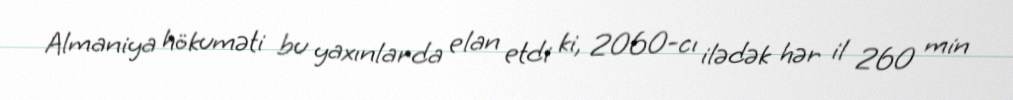
Almaniya hökuməti bu yaxınlarda elan etdi ki, 2060-cı ilədək hər il 260 min